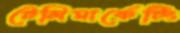
টেলিমার্কেটিং